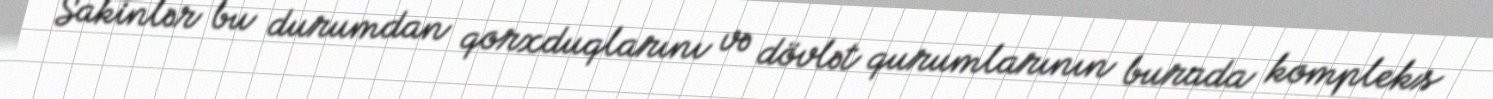
Sakinlər bu durumdan qorxduqlarını və dövlət qurumlarının burada kompleks